Riigikantselei, lk 208
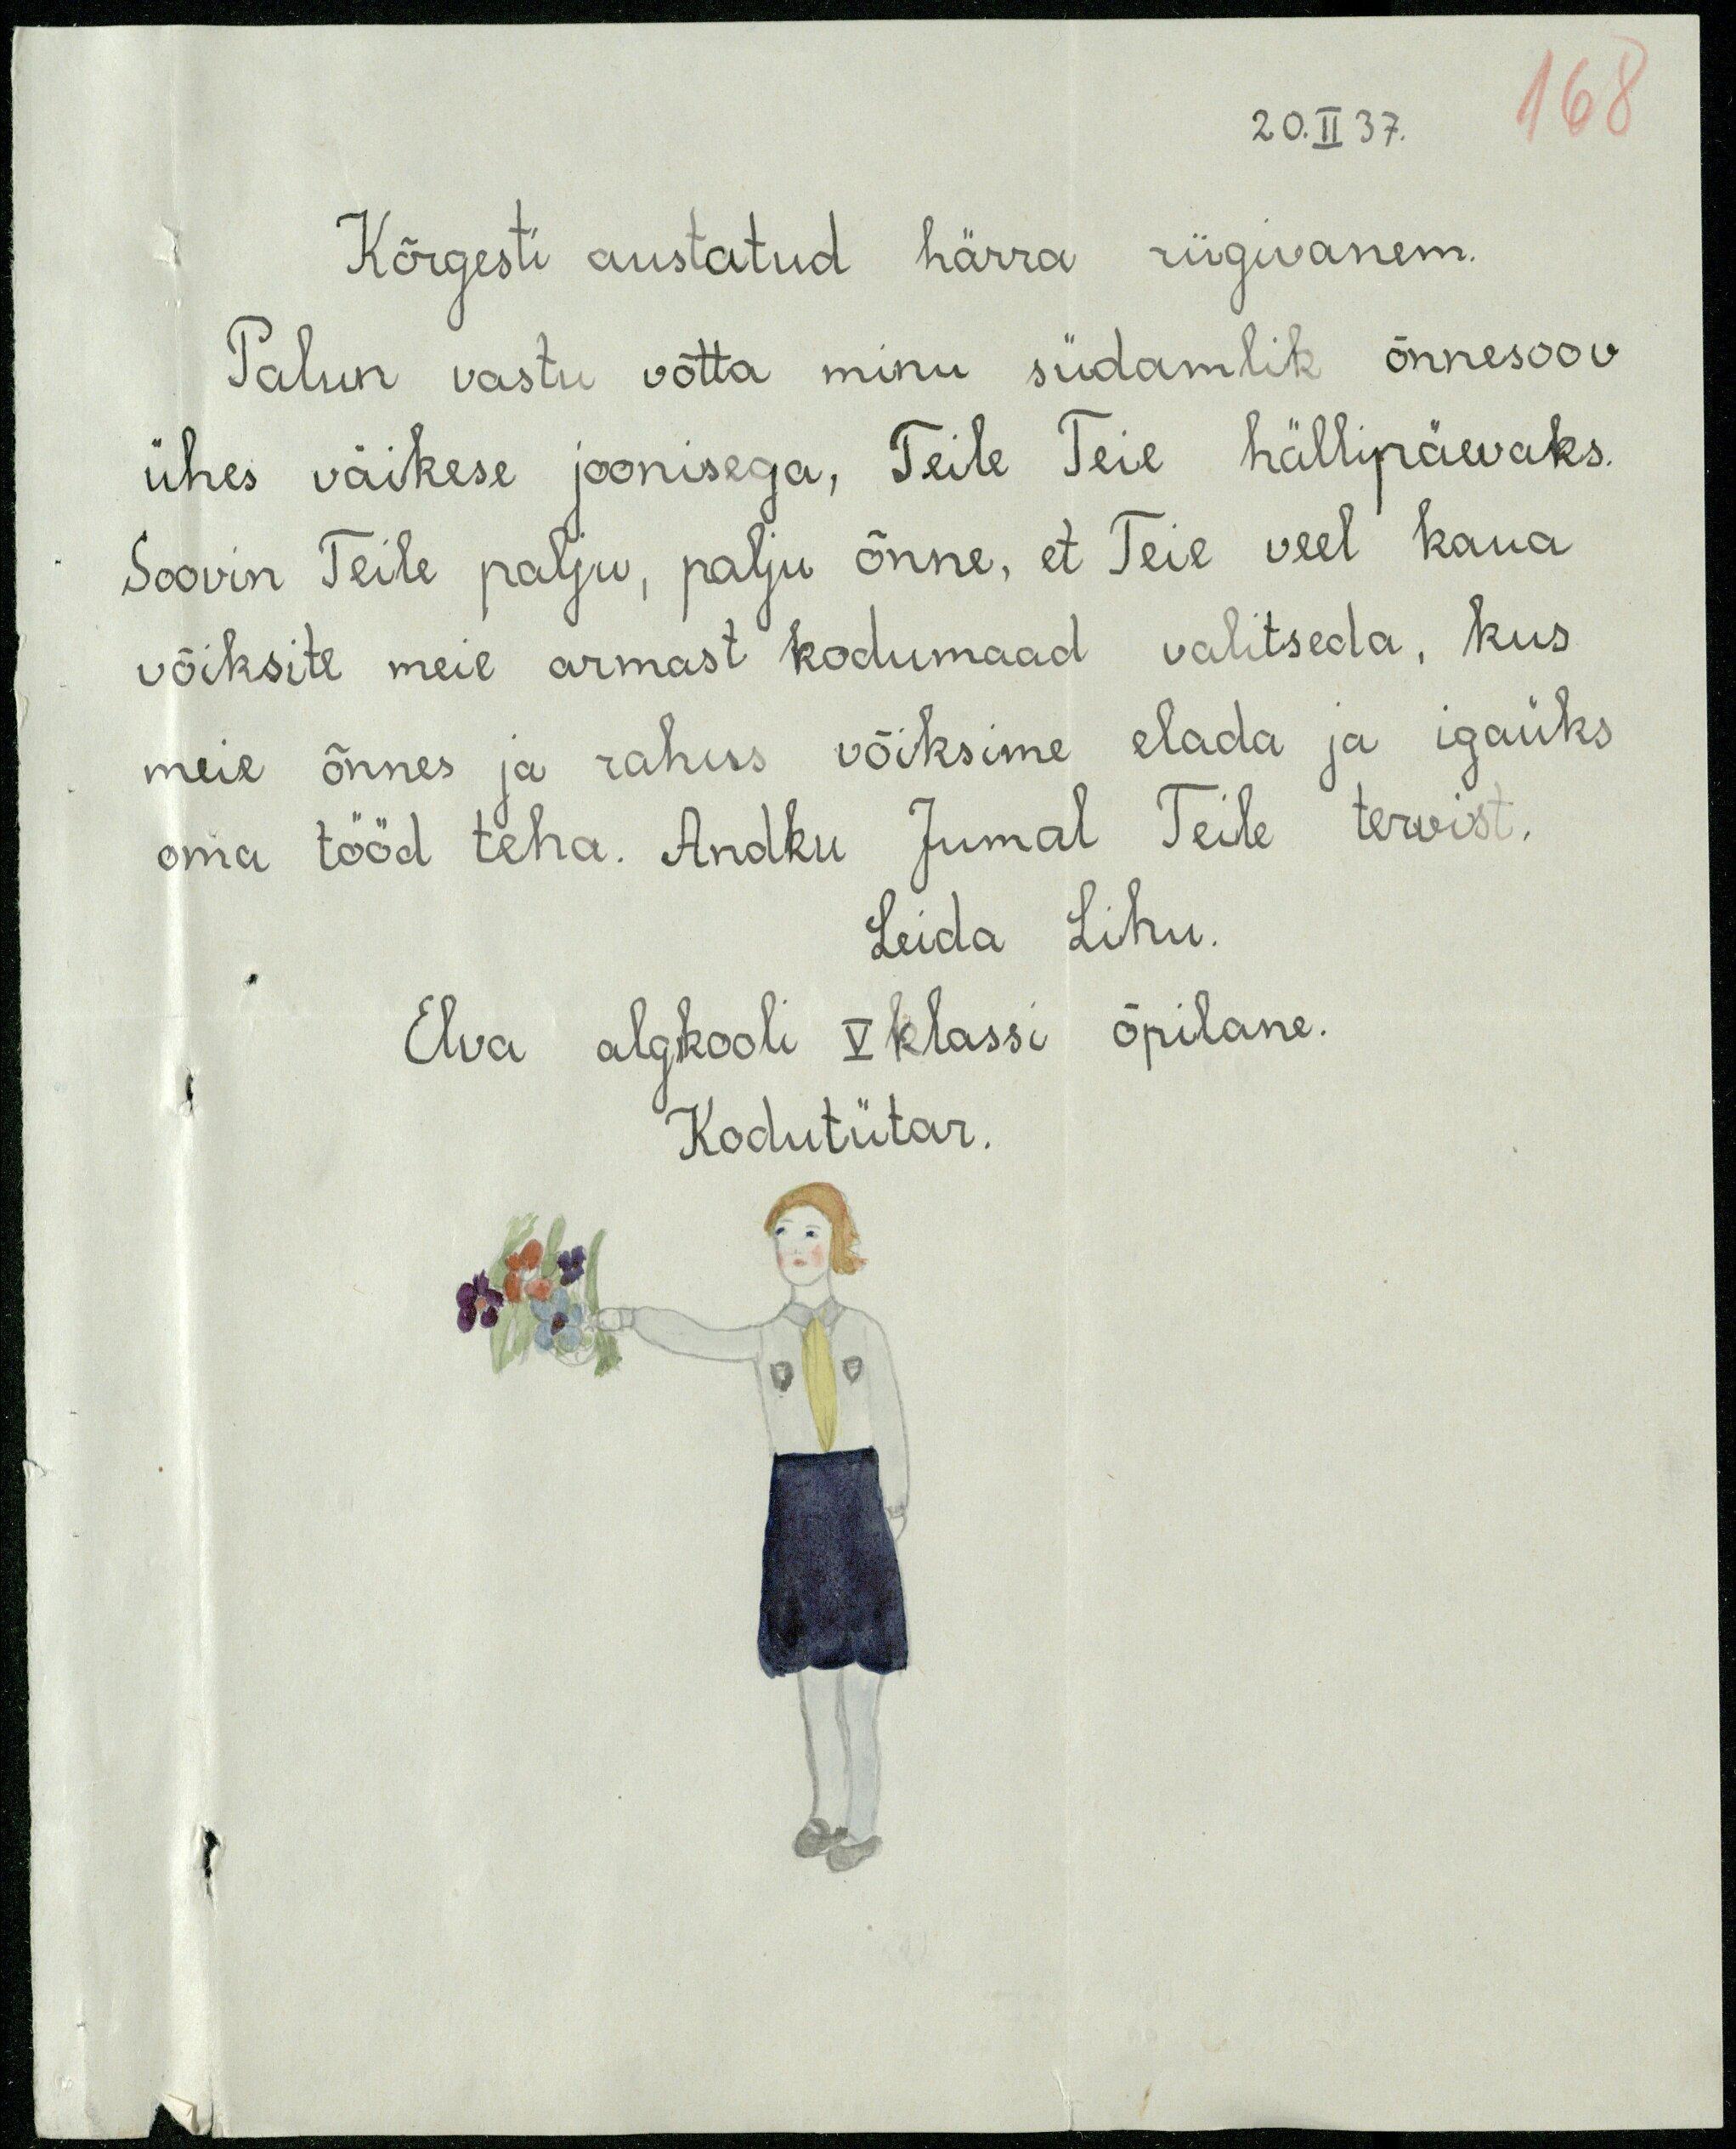
168
20. II 37
Kõrgesti austatud härra riigivanem.
Palun vastu võtta minu südamlik õnnesoov
ühes väikese joonisega, Teile Teie hällipäevaks.
Soovin Teile palju, palju õnne, et Teie veel kaua
võiksite meie armast kodumaad valitseda, kus
meie õnnes ja rahus võiksime elada ja igaüks
oma tööd teha. Andku Jumal Teile tervist.
Leida Lihu.
Elva algkooli V klassi õpilane.
Kodutütar.